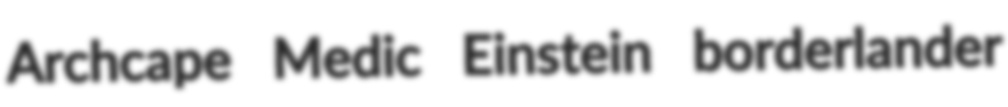
Archcape Medic Einstein borderlander